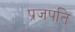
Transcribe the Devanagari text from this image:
प्रजपति